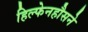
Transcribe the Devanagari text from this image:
हिल्फेनहौसने